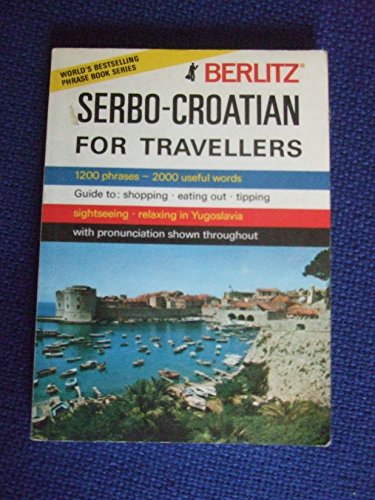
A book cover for Serbo-Croatian for Travellers (Berlitz); Inc. Berlitz International; Travel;